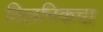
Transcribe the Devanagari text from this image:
क्लिनिकचा